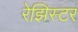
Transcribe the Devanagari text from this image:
रेझिस्टर